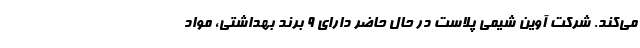
می‌کند. شرکت آوین شیمی پلاست در حال حاضر دارای 9 برند بهداشتی، مواد